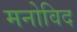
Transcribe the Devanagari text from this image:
मनोविद